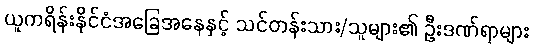
ယူကရိန်းနိုင်ငံအခြေအနေနှင့် သင်တန်းသား/သူများ၏ ဦးဒဏ်ရာများ